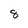
Character: 8